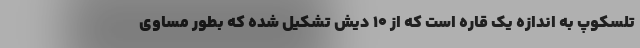
تلسکوپ به اندازه یک قاره است که از ۱۰ دیش تشکیل شده که بطور مساوی